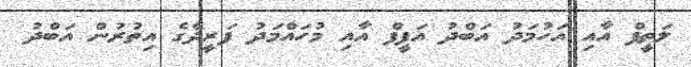
ލަތީފް އާއި އަހުމަދު އަބްދު އަފީފް އާއި މުހައްމަދު ފަރީދްގެ އިތުރުން އަބްދު